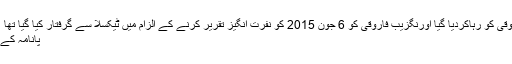
اہل سنت والجماعت کے رہنما اورنگزیب فاروقی کو رہاکردیا گیا اورنگزیب فاروقی کو 6 جون 2015 کو نفرت انگیز تقریر کرنے کے الزام میں ٹیکسلا سے گرفتار کیا گیا تھا ‘ پولیس رپورٹ Skip to main content
پانامہ کے فیصلے پر ن لیگ اپنی ساکھ کھو بیٹھے گی۔